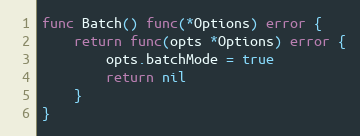
Language: Go
func Batch() func(*Options) error {
	return func(opts *Options) error {
		opts.batchMode = true
		return nil
	}
}